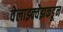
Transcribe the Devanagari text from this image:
वेलाझ्क्वेझकडून